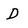
Character: D